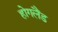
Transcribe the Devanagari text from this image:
होगलैंड